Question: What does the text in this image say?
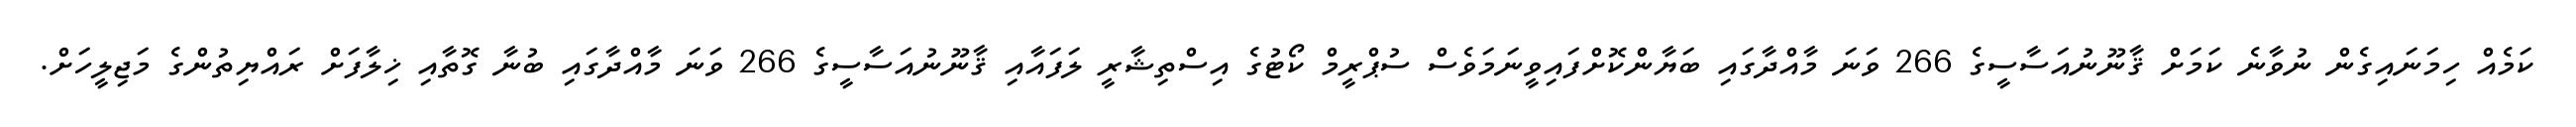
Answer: ކަމެއް ހިމަނައިގެން ނުވާނެ ކަމަށް ޤާނޫނުއަސާސީގެ 266 ވަނަ މާއްދާގައި ބަޔާންކޮށްފައިވީނަމަވެސް ސުޕްރީމް ކޯޓުގެ އިސްތިޝާރީ ލަފައާއި ޤާނޫނުއަސާސީގެ 266 ވަނަ މާއްދާގައި ބުނާ ގޮތާއި ޚިލާފަށް ރައްޔިތުންގެ މަޖިލީހަށް.